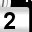
Digit: 2